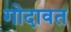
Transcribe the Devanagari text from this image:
गोदावत